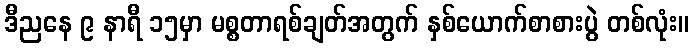
ဒီညနေ ၉ နာရီ ၁၅မှာ မစ္စတာရစ်ချတ်အတွက် နှစ်ယောက်စာစားပွဲ တစ်လုံး။